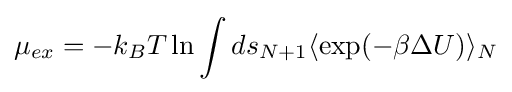
\mu _{ex}=-k_{B}T\ln \int ds_{N+1}\langle \exp(-\beta \Delta U)\rangle _{N}